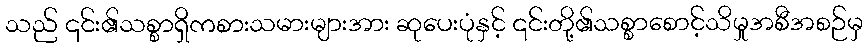
သည် ၎င်း၏သစ္စာရှိကစားသမားများအား ဆုပေးပုံနှင့် ၎င်းတို့၏သစ္စာစောင့်သိမှုအစီအစဉ်မှ